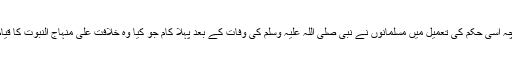
چنانچہ اسی حکم کی تعمیل میں مسلمانوں نے نبی صلی اللہ علیہ وسلم کی وفات کے بعد پہلا کام جو کیا وہ خلافت علی منہاج النبوت کا قیام تھا۔